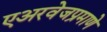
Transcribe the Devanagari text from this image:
एअरवेजप्रमाणे